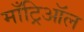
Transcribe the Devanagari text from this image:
माँट्रिऑल